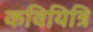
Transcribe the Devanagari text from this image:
कवियित्रि